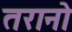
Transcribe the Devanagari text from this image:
तरानो